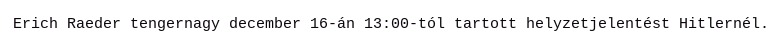
Erich Raeder tengernagy december 16-án 13:00-tól tartott helyzetjelentést Hitlernél.